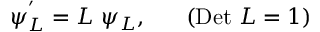
\psi _ { L } ^ { ' } = L ~ \psi _ { L } , ~ ~ ~ ~ ~ ( \mathrm { D e t } ~ L = 1 )